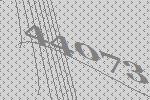
44073